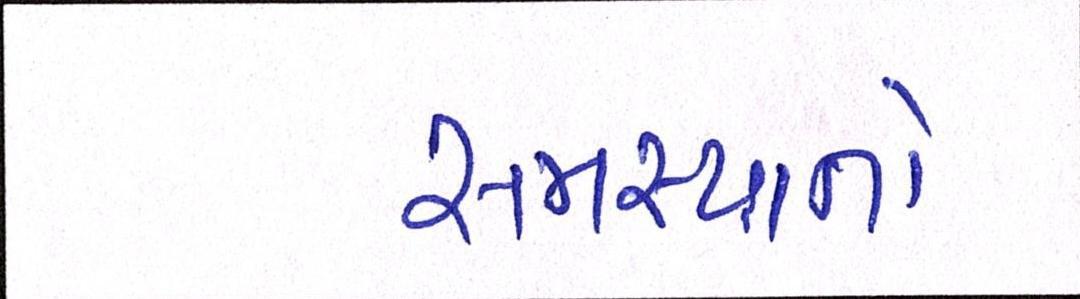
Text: સમસ્યાનો